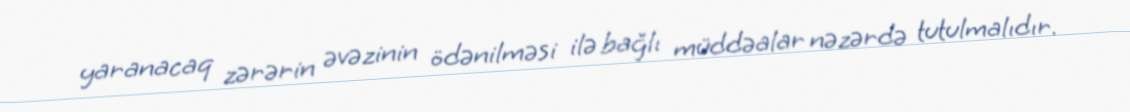
yaranacaq zərərin əvəzinin ödənilməsi ilə bağlı müddəalar nəzərdə tutulmalıdır.